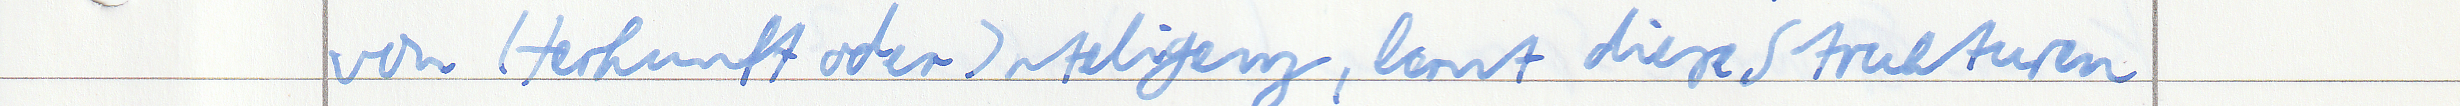
von Herkunft oder Inteligenz, lernt diese Strukturen